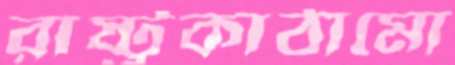
রাষ্ট্রকাঠামো